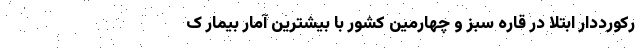
رکورددار ابتلا در قاره سبز و چهارمین کشور با بیشترین آمار بیمار ک